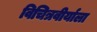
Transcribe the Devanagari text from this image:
विचित्रवीर्याला